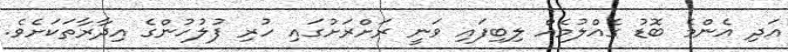
އަދި އެންމެ ބޮޑު ގެއްލުމެއް ލިބިފައި ވަނީ ރަށްރަށުގައި ހުރި ފުލުހުންގެ އިދާރާތަކަށެވެ.